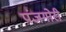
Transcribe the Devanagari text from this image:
पंजगोरी